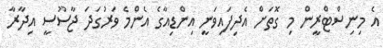
އެ މިނިސްޓްރީން މި ގޮތަށް އެދިފައިވަނީ އިންޑިއާގެ އެންމެ ވަރުގަދަ ޖާސޫސީ އިދާރާ